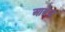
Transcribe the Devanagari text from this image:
आबेज़